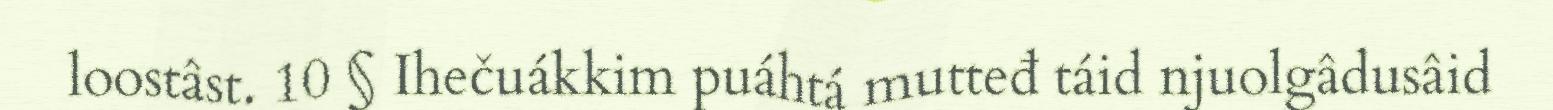
loostâst. 10 § Ihečuákkim puáhtá mutteđ táid njuolgâdusâid